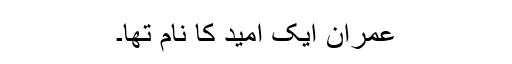
عمران ایک امید کا نام تھا۔